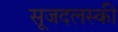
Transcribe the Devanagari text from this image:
सूजदलस्की